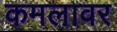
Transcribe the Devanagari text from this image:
कमलावर